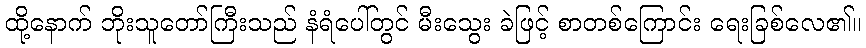
ထို့နောက် ဘိုးသူတော်ကြီးသည် နံရံပေါ်တွင် မီးသွေး ခဲဖြင့် စာတစ်ကြောင်း ရေးခြစ်လေ၏။